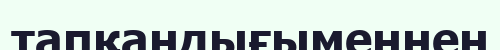
тапқандығыменнен